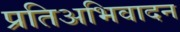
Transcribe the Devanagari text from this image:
प्रतिअभिवादन